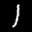
Label: 1